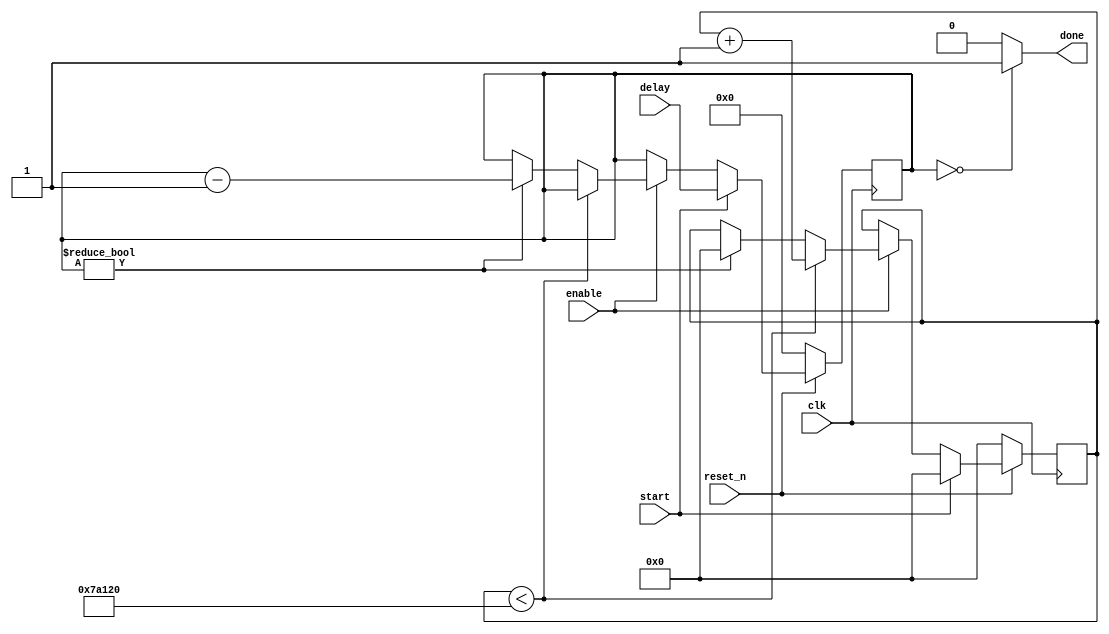
module delay_counter (input clk, reset_n, start, enable, input [7:0] delay, output done);
parameter BASIC_PERIOD=19'd500000;

reg [7:0] downcounter;
reg [19:0] timer;

always @( posedge clk) begin
	if (!reset_n) begin
		timer<=20'd0;//14'b00000000000000;
		downcounter<=8'h00;
	end
	else if (start==1'b1) begin
		timer<=20'd0;
		downcounter<=delay;
	end
	else if (enable==1'b1) begin
		if (timer<BASIC_PERIOD)
			timer<=timer+20'd1;//14'b00000000000001;
		else begin
			if(downcounter!=8'h00) begin
				downcounter<=downcounter-8'b1;
				timer<=20'd0;//14'b00000000000000;
			end
		end
	end
end

assign done = (downcounter==8'b00000000)?1'b1:1'b0;

endmodule